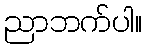
ညာဘက်ပါ။